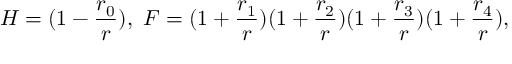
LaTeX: H = ( 1 - \frac { r _ { 0 } } { r } ) , \ F = ( 1 + \frac { r _ { 1 } } { r } ) ( 1 + \frac { r _ { 2 } } { r } ) ( 1 + \frac { r _ { 3 } } { r } ) ( 1 + \frac { r _ { 4 } } { r } ) ,